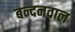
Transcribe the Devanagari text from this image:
बन्दनवाल